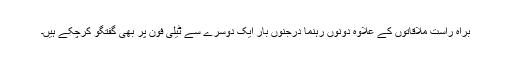
براہِ راست ملاقاتوں کے علاوہ دونوں رہنما درجنوں بار ایک دوسرے سے ٹیلی فون پر بھی گفتگو کرچکے ہیں۔